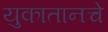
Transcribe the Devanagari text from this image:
युकातानचे